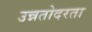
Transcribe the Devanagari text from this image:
उन्नतोदरता